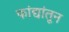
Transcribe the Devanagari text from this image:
फांद्यांतून